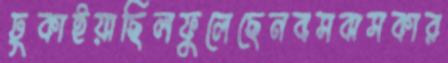
ঢুকাইয়াছিলফুলেছেনবসবাসকার